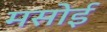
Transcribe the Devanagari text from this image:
मसोई